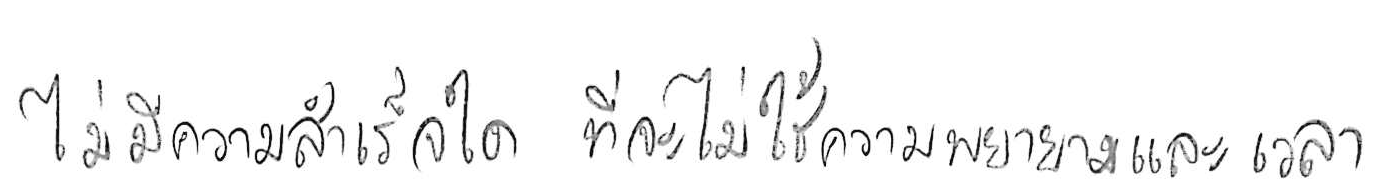
ไม่มีความสำเร็จใด ที่จะไม่ใช้ความพยายามและเวลา